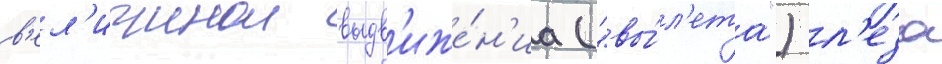
в'ел'ичинои выдв'иже́н'иа ("вы́л'ета") л'еза